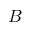
\boldsymbol { B }